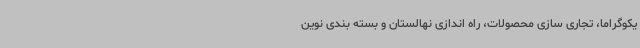
یکوگراما، تجاری سازی محصولات، راه اندازی نهالستان و بسته بندی نوین